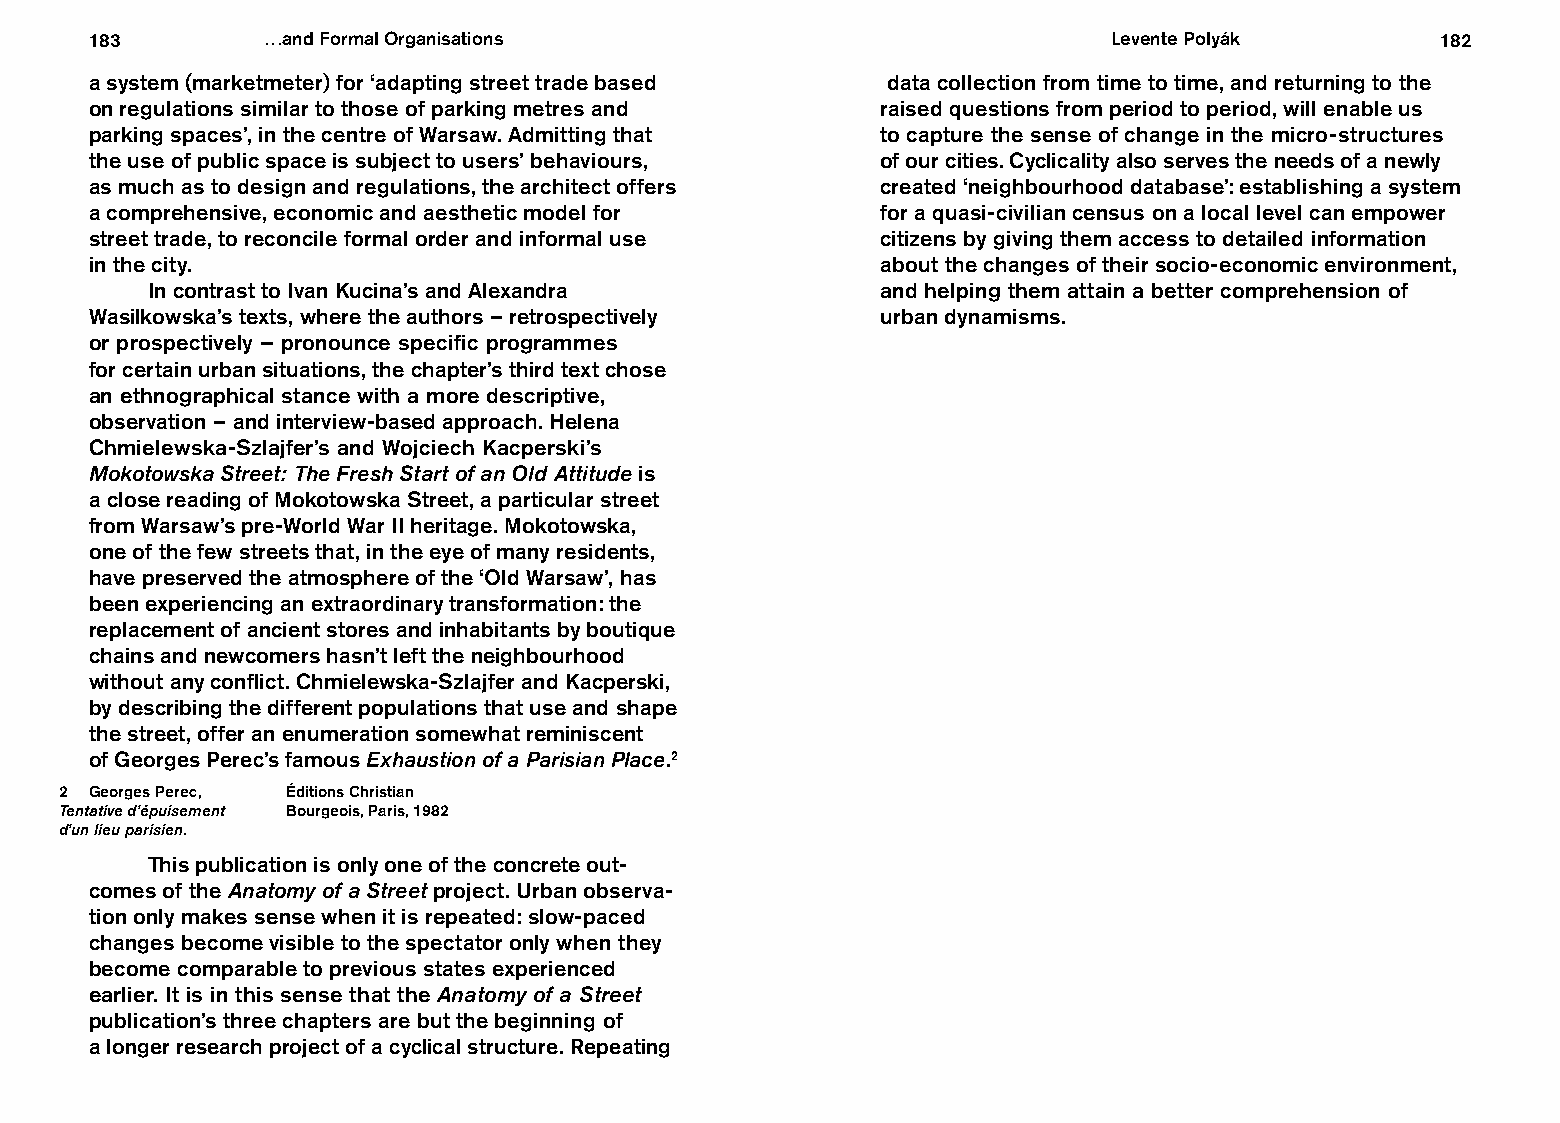
183        …and Formal Organisations                                Levente Polyák       182
 a system (marketmeter) for ‘adapting street trade based data collection from time to time, and returning to the
 on regulations similar to those of parking metres and raised questions from period to period, will enable us
 parking spaces’, in the centre of Warsaw. Admitting that to capture the sense of change in the micro-structures
 the use of public space is subject to users’ behaviours, of our cities. Cyclicality also serves the needs of a newly
 as much as to design and regulations, the architect offers created ‘neighbourhood database’: establishing a system
 a comprehensive, economic and aesthetic model for   for a quasi-civilian census on a local level can empower
 street trade, to reconcile formal order and informal use citizens by giving them access to detailed information
 in the city.                                        about the changes of their socio-economic environment,
 In contrast to Ivan Kucina’s and Alexandra      and helping them attain a better comprehension of
 Wasilkowska’s texts, where the authors – retrospectively urban dynamisms.
 or prospectively – pronounce specific programmes
 for certain urban situations, the chapter’s third text chose
 an ethnographical stance with a more descriptive,
 observation – and interview-based approach. Helena
 Chmielewska-Szlajfer’s and Wojciech Kacperski’s
 Mokotowska Street: The Fresh Start of an Old Attitude is
 a close reading of Mokotowska Street, a particular street
 from Warsaw’s pre-World War II heritage. Mokotowska,
 one of the few streets that, in the eye of many residents,
 have preserved the atmosphere of the ‘Old Warsaw’, has
 been experiencing an extraordinary transformation: the
 replacement of ancient stores and inhabitants by boutique
 chains and newcomers hasn’t left the neighbourhood
 without any conflict. Chmielewska-Szlajfer and Kacperski,
 by describing the different populations that use and shape
 the street, offer an enumeration somewhat reminiscent
 of Georges Perec’s famous Exhaustion of a Parisian Place.2
 2 Georges Perec, Éditions Christian
 Tentative d’épuisement Bourgeois, Paris, 1982
 d’un lieu parisien.
 This publication is only one of the concrete out-
 comes of the Anatomy of a Street project. Urban observa-
 tion only makes sense when it is repeated: slow-paced
 changes become visible to the spectator only when they
 become comparable to previous states experienced
 earlier. It is in this sense that the Anatomy of a Street
 publication’s three chapters are but the beginning of
 a longer research project of a cyclical structure. Repeating